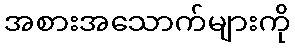
အစားအသောက်များကို